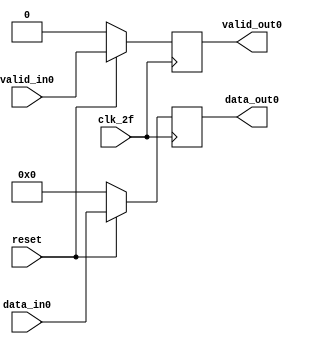
module etapa2_flops (
                      input [7:0]      data_in0,
                      input            valid_in0,
                      output reg [7:0] data_out0,
                      output reg       valid_out0,
                      input            clk_2f,
                      input            reset
                      );

   always @ (posedge clk_2f) begin
      if (!reset) begin
         data_out0 <= 0;
         valid_out0 <= 0;

      end else begin
         data_out0 <= data_in0;
         valid_out0 <= valid_in0;
      end
   end

endmodule